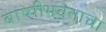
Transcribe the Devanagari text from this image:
बाष्पीभवनाचा